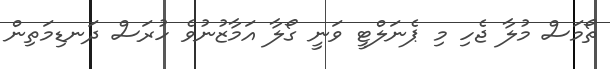
ތޯމަސް މުލާ ޖެހި މި ޕެނަލްޓީ ވަނީ ގޯލާ އަމާޒުނުވެ ހުރަސް ދަނޑިމަތިން